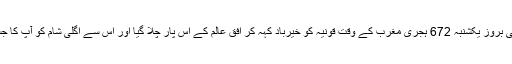
عالم اسلام کا مینارہء نور اور علم و ادب کا روشن ستارہ 5 جمادی الثانی بروز یکشنبہ 672 ہجری مغرب کے وقت قونیہ کو خیرباد کہہ کر افق عالم کے اس پار چلا گیا اور اس سے اگلی شام کو آپ کا جسد خاکی قونیہ کی سر زمین میں ہمیشہ ہمیشہ کے لئے روپوش ہو گیا۔